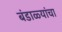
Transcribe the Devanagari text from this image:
बंडाळ्यांचा